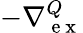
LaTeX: -\nabla{}_{\mathrm{~e~x~}}^{Q}